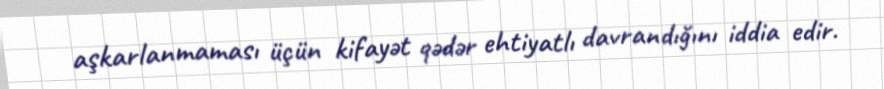
aşkarlanmaması üçün kifayət qədər ehtiyatlı davrandığını iddia edir.